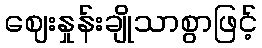
ဈေးနှုန်းချိုသာစွာဖြင့်